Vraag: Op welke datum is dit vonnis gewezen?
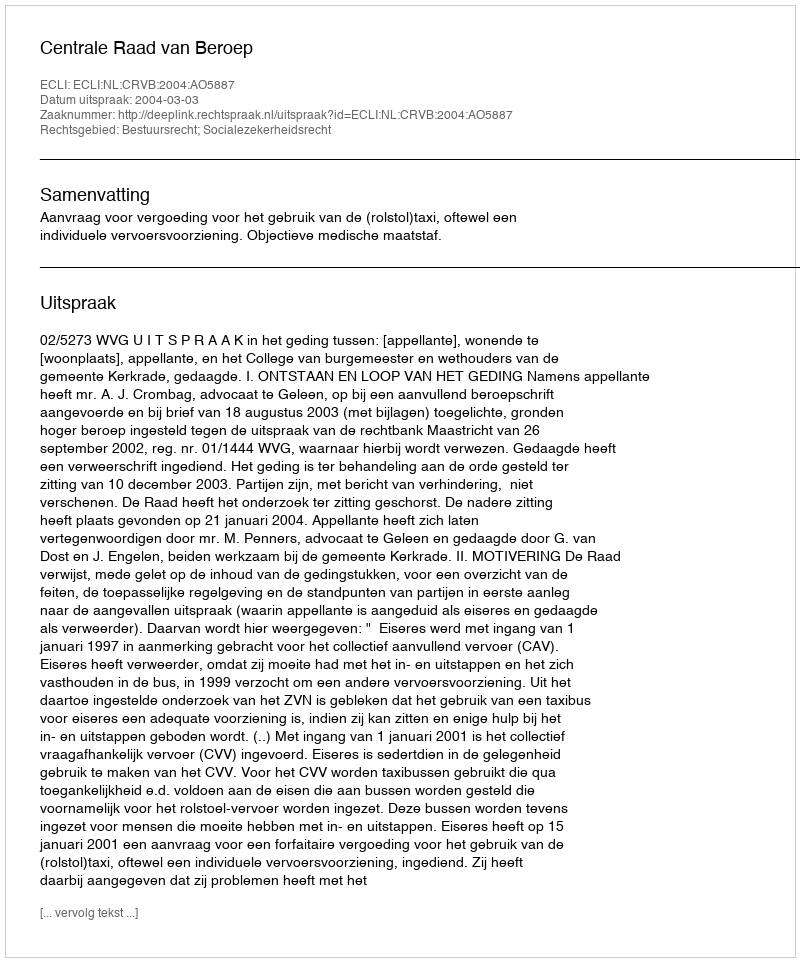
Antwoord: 2004-03-03